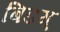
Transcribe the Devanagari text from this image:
बिडग्